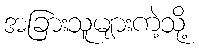
အခြားသူများကဲ့သို့